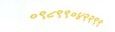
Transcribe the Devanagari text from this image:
०९८९९०४२२९९